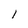
Character: l